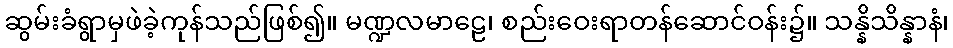
ဆွမ်းခံရွာမှဖဲခဲ့ကုန်သည်ဖြစ်၍။ မဏ္ဍလမာဠေ၊ စည်းဝေးရာတန်ဆောင်ဝန်း၌။ သန္နိသိန္နာနံ၊